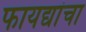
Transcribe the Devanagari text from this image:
फायद्यांचा